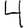
Digit: 4